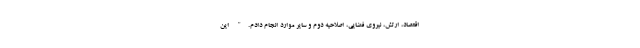
اقتصاد، ارتش، نیروی فضایی، اصلاحیه دوم و سایر موارد انجام دادم." این